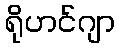
ရိုဟင်ဂျာ